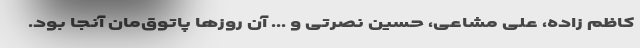
کاظم زاده، علی مشاعی، حسین نصرتی و ... آن روزها پاتوق‌مان آنجا بود.